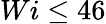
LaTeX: Wi\leq 46